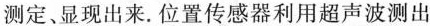
测定、显现出来。位置传感器利用超声波测出